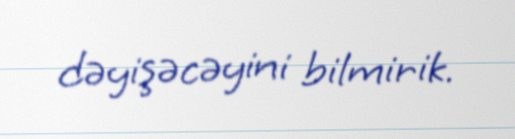
dəyişəcəyini bilmirik.